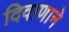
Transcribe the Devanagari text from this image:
दिवाणाने